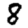
Digit: 8